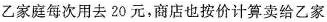
乙家庭每次用去20元，商店也按价计算卖给乙家